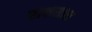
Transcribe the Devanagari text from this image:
राक्षसास